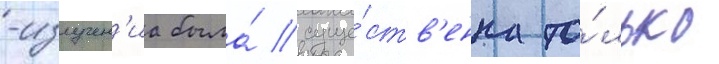
-излучен'иа была́ суще́ств'енна то́лько